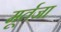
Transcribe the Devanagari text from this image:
मूर्तजा